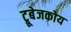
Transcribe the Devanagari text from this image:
ट्रूबेजकोय